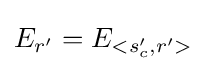
E_{r'}=E_{<s_{c}',r'>}